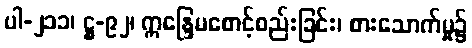
ပါ-၂၁၁၊ ဋ္ဌ-၉၂၊ ဣန္ဒြေမစောင့်စည်းခြင်း၊ စားသောက်မှု၌